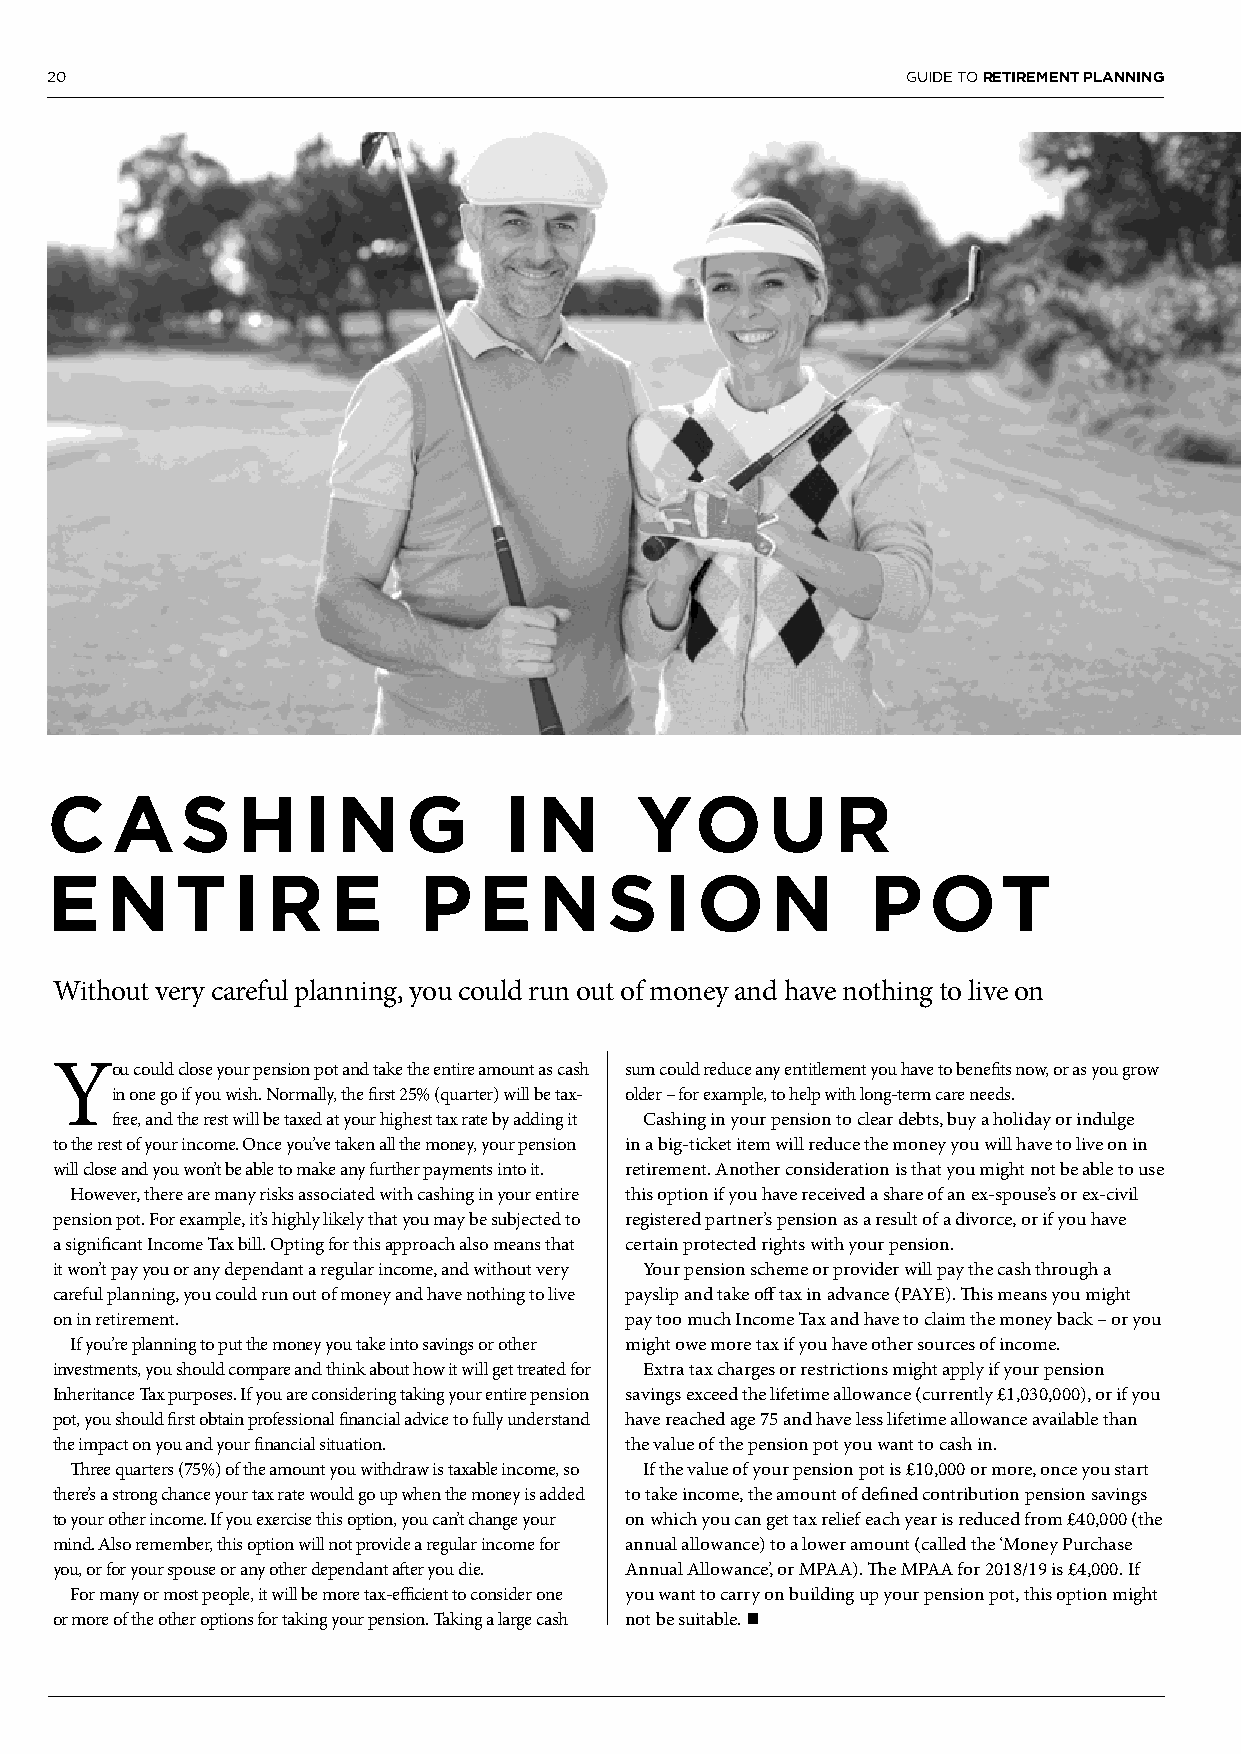
20                                                       GUIDE TO RETIREMENT PLANNING
 C   AS       H   I N    G     I  N     YO       U   R
 E   N    T  I  R   E     P   E   N   S   I O    N      P  OT
 Without very careful planning, you could run out of money and have nothing to live on
 You   could close your pension pot and take the entire amount as cash sum could reduce any entitlement you have to benefits now, or as you grow
 in one go if you wish. Normally, the first 25% (quarter) will be tax- older – for example, to help with long-term care needs.
 free, and the rest will be taxed at your highest tax rate by adding it Cashing in your pension to clear debts, buy a holiday or indulge
 to the rest of your income. Once you’ve taken all the money, your pension in a big-ticket item will reduce the money you will have to live on in
 will close and you won’t be able to make any further payments into it. retirement. Another consideration is that you might not be able to use
 However, there are many risks associated with cashing in your entire this option if you have received a share of an ex-spouse’s or ex-civil
 pension pot. For example, it’s highly likely that you may be subjected to registered partner’s pension as a result of a divorce, or if you have
 a significant Income Tax bill. Opting for this approach also means that certain protected rights with your pension.
 it won’t pay you or any dependant a regular income, and without very Your pension scheme or provider will pay the cash through a
 careful planning, you could run out of money and have nothing to live payslip and take off tax in advance (PAYE). This means you might
 on in retirement.                     pay too much Income Tax and have to claim the money back – or you
 If you’re planning to put the money you take into savings or other might owe more tax if you have other sources of income.
 investments, you should compare and think about how it will get treated for Extra tax charges or restrictions might apply if your pension
 Inheritance Tax purposes. If you are considering taking your entire pension savings exceed the lifetime allowance (currently £1,030,000), or if you
 pot, you should first obtain professional financial advice to fully understand have reached age 75 and have less lifetime allowance available than
 the impact on you and your financial situation. the value of the pension pot you want to cash in.
 Three quarters (75%) of the amount you withdraw is taxable income, so If the value of your pension pot is £10,000 or more, once you start
 there’s a strong chance your tax rate would go up when the money is added to take income, the amount of defined contribution pension savings
 to your other income. If you exercise this option, you can’t change your on which you can get tax relief each year is reduced from £40,000 (the
 mind. Also remember, this option will not provide a regular income for annual allowance) to a lower amount (called the ‘Money Purchase
 you, or for your spouse or any other dependant after you die. Annual Allowance’, or MPAA). The MPAA for 2018/19 is £4,000. If
 For many or most people, it will be more tax-efficient to consider one you want to carry on building up your pension pot, this option might
 or more of the other options for taking your pension. Taking a large cash not be suitable. n